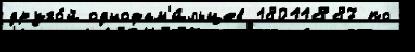
друго́й однофам'и́льцев 18011887 по